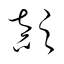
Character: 顛